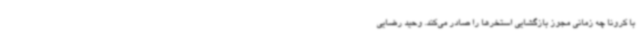
با کرونا چه زمانی مجوز بازگشایی استخرها را صادر می‌کند. وحید رضایی